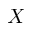
X